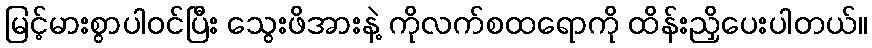
မြင့်မားစွာပါဝင်ပြီး သွေးဖိအားနဲ့ ကိုလက်စထရောကို ထိန်းညှိပေးပါတယ်။